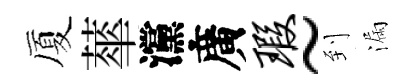
厦蕐灙廣瑕~到漏